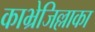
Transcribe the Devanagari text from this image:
काभ्रेजिल्लाका